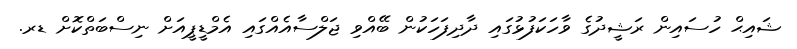
ޝައިޙް ހުސައިން ރަޝީދުގެ ވާހަކަފުޅުގައި ދާދިފަހަކުން ބޭއްވި ޖަލްސާއެއްގައި އެމްޑީޕީއަށް ނިސްބަތްކޮށް ޑރ.